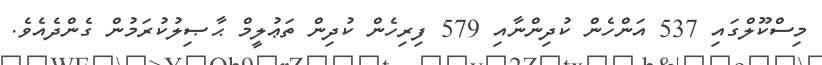
މިސްކޫލްގައި 537 އަންހެން ކުދިންނާއި 579 ފިރިހެން ކުދިން ތަޢުލީމް ޙާޞިލުކުރަމުން ގެންދެއެވެ.